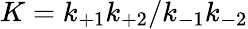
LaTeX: K=k_{+1}k_{+2}/k_{-1}k_{-2}